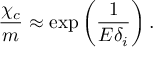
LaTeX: \frac { \chi _ { c } } { m } \approx \exp \left( \frac { 1 } { E \delta _ { i } } \right) .